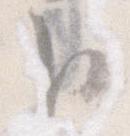
臣